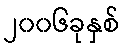
၂၀၀၆ခုနှစ်